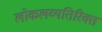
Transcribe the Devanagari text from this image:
लोकलव्यतिरिक्त